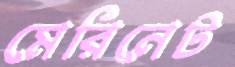
মেরিনেট